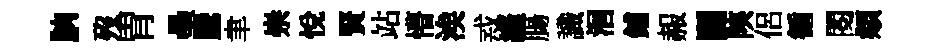
朒歿胃壘騰聿崇悅賢站懵涘𢦶縫腸識洄鋪赧鬬陝侶循閲頫